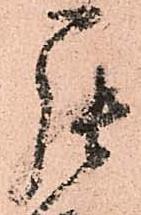
罷